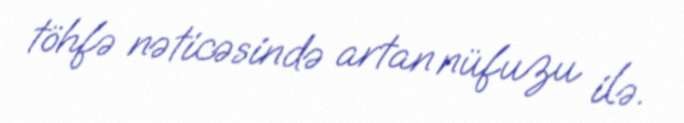
töhfə nəticəsində artan nüfuzu ilə.